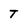
Character: T